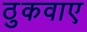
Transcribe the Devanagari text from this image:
ठुकवाए